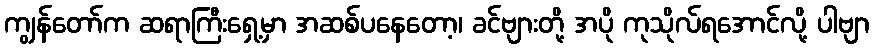
ကျွန်တော်က ဆရာကြီးရှေ့မှာ အဆစ်ပနေတော့၊ ခင်ဗျားတို့ အပို ကုသိုလ်ရအောင်လို့ ပါဗျာ